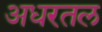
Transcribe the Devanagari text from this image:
अधरतल